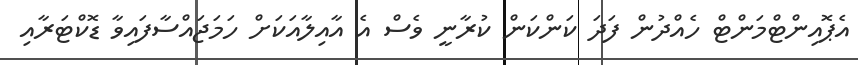
އެޕޮއިންޓްމަންޓް ހެއްދުން ފަދަ ކަންކަން ކުރާނީ ވެސް އެ އާއިލާއަކަށް ހަމަޖައްސާފައިވާ ޑޮކްޓަރާއި